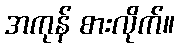
အကုန် စားလိုက်။